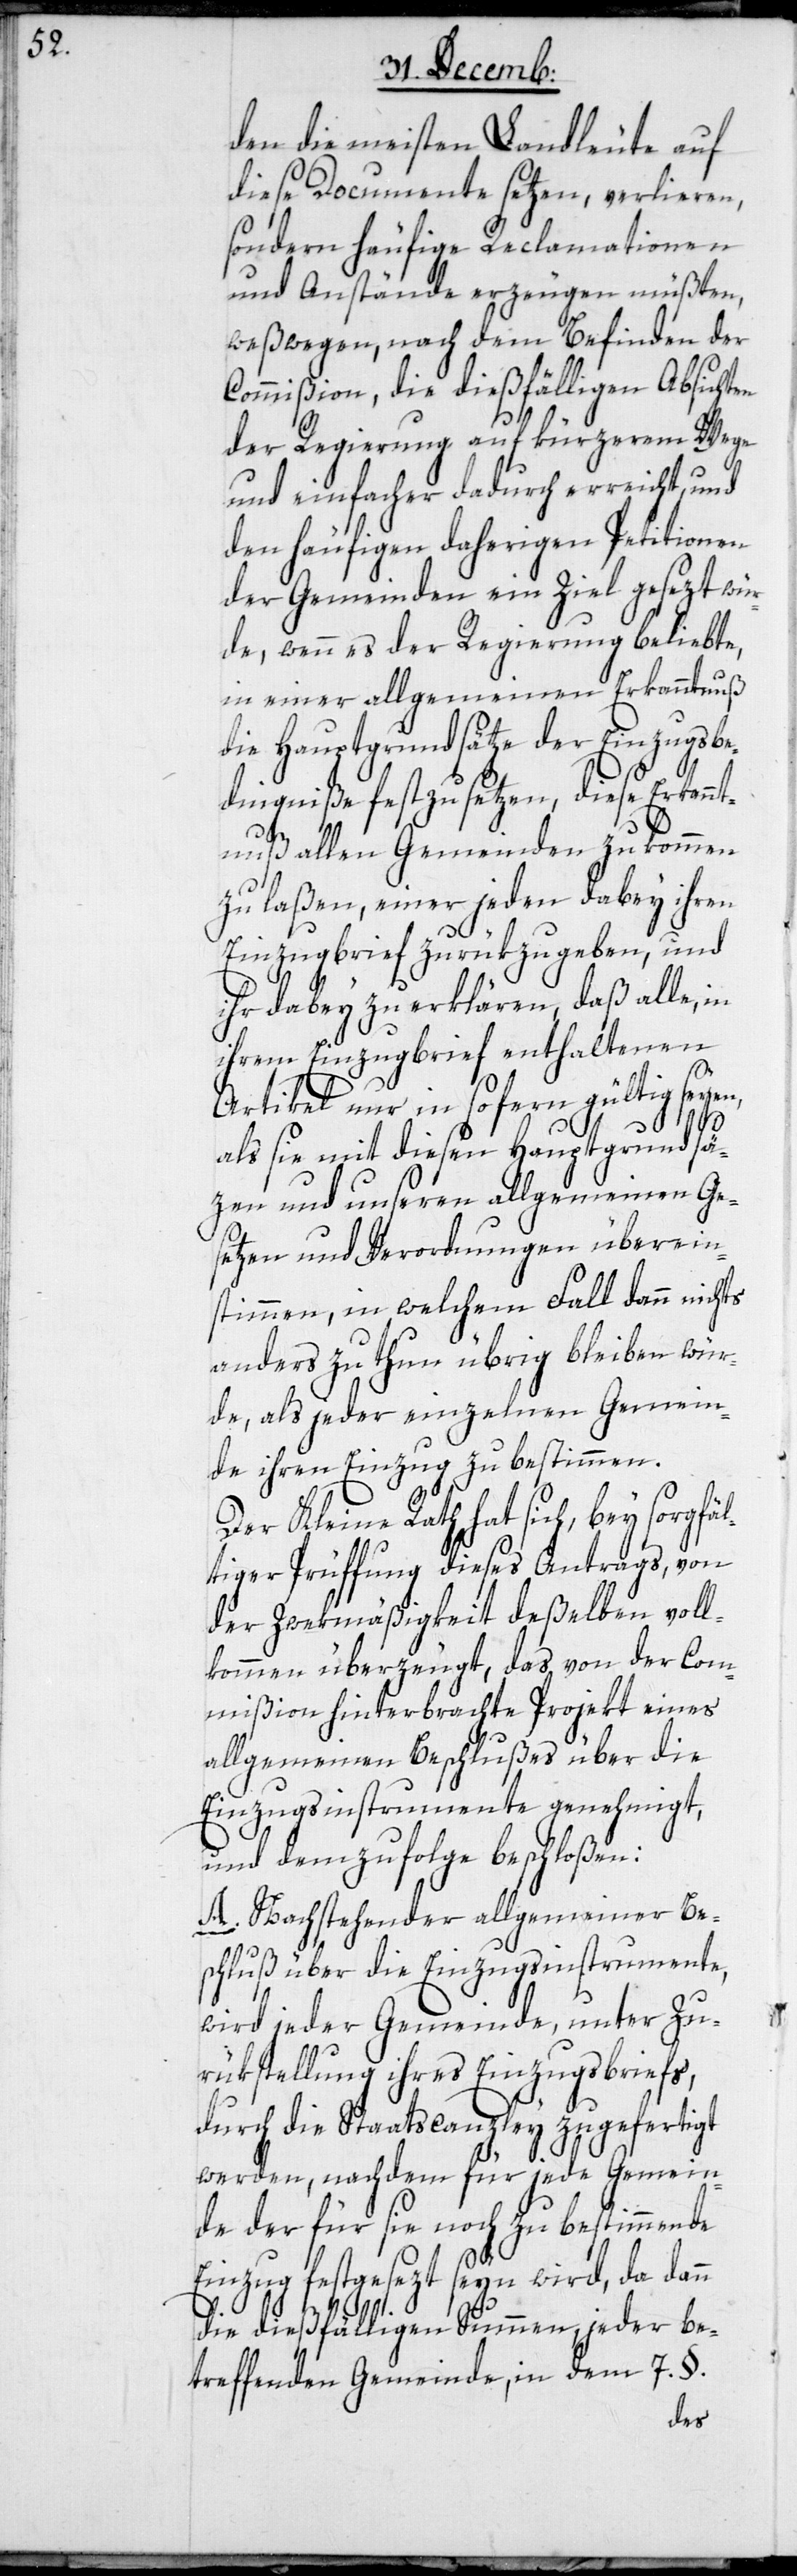
den die meisten Landleute auf
diese Docmente setzen, verlieren,
sondern häufige Reclamationen
und Anstände erzeugen müßten,
weßwegen, nach dem Befinden der
Commißion, die dießfälligen Absichten
der Regierung auf kürzerem Wege
und einfacher dadurch erreicht, und
den häufigen daherigen Petitionen
der Gemeinden ein Ziel gesezt wür¬
de, wenn es der Regierung beliebte,
in einer allgemeinen Erkanntnuß
die Hauptgrundsätze der Einzugsbe¬
dingniße festzusetzen, diese Erkannt¬
nuß allen Gemeinden zukommen
zu laßen, einer jeden dabey ihren
Einzugsbrief zurükzugeben, und
ihr dabey zu erklären, daß, alle, in
ihrem Einzugsbrief enthaltenen
Artikel nur insofern gültig seyen,
als sie mit diesen Hauptgrundsä¬
zen und unseren allgemeinen Ge¬
setzen und Verordnungen überein¬
stimmen, in welchem Fall dann nichts
anders zu thun übrig bleiben wür¬
de, als jeder einzelnen Gemein¬
de ihren Einzug zu bestimmen.
Der Kleine Rath hat sich, bey sorgfäl¬
tiger Prüffung dieses Antrags, von
der Zweckmäßigkeit deßelben voll¬
kommen überzeugt, das von der Com¬
mißion hinterbrachte Projekt eines
allgemeinen Beschlußes über die
Einzugsinstrumente genehmigt,
und demzufolge beschloßen:
A. Nachstehender allgemeiner Be¬
schluß über die Einzugsinstrumente,
wird jeder Gemeinde, unter Zu¬
rükstellung ihres Einzugsbriefs,
durch die Staatscanzley zugefertigt
werden, nachdem für jede Gemein¬
de der für sie noch zu bestimmende
Einzug festgesezt seyn wird, da dann
die dießfälligen Summen, jeder be¬
treffenden Gemeinde, in dem 7. §.